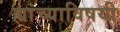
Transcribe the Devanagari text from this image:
ह्यांच्याविषयी